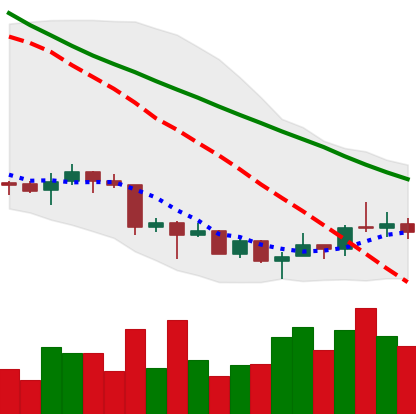
Ticker: XRP-USD
Chart end date: 2018-07-05
Forward return: -7.596%
Label: down_7plus